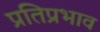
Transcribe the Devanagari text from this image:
प्रतिप्रभाव